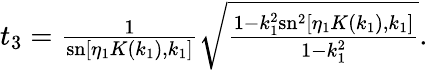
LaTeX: \begin{array}{r}{t_{3}=\frac{1}{\mathrm{sn}\left[\eta_{1}K(k_{1}),k_{1}\right]}\sqrt{\frac{1-k_{1}^{2}\mathrm{sn}^{2}\left[\eta_{1}K(k_{1}),k_{1}\right]}{1-k_{1}^{2}}}.}\end{array}